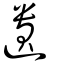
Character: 遺